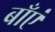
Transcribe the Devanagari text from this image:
बाँएं